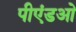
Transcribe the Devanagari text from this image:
पीएंडओ